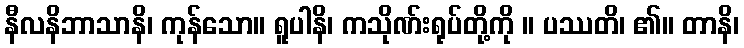
နီလနိဘာသာနိ၊ ကုန်သော။ ရူပါနိ၊ ကသိုဏ်းရုပ်တို့ကို ။ ပဿတိ၊ ၏။ တာနိ၊